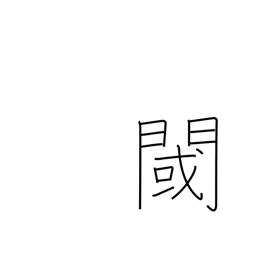
Meaning: threshold